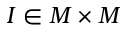
I \in M \times M